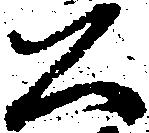
公